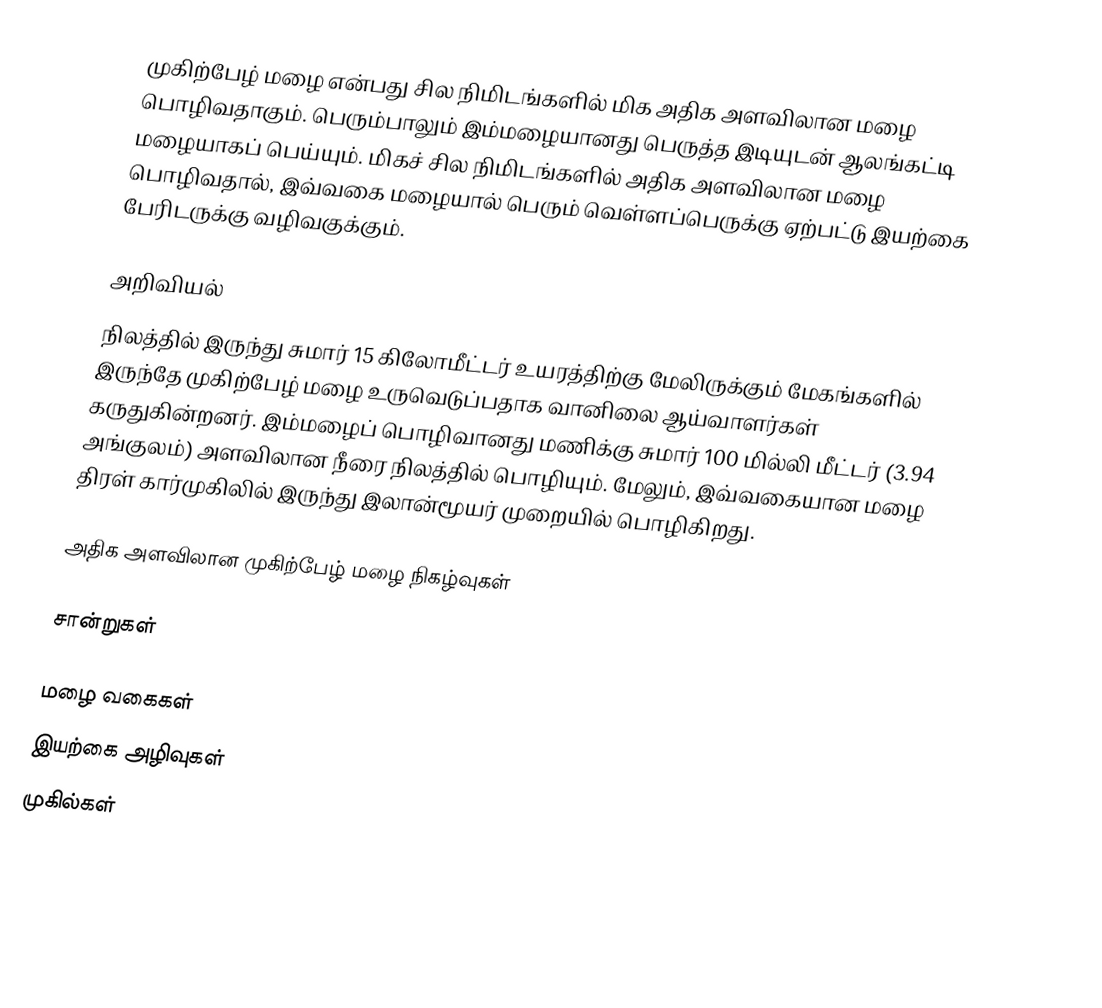
முகிற்பேழ் மழை என்பது சில நிமிடங்களில் மிக அதிக அளவிலான மழை பொழிவதாகும். பெரும்பாலும் இம்மழையானது பெருத்த இடியுடன் ஆலங்கட்டி மழையாகப் பெய்யும். மிகச் சில நிமிடங்களில் அதிக அளவிலான மழை பொழிவதால், இவ்வகை மழையால் பெரும் வெள்ளப்பெருக்கு ஏற்பட்டு இயற்கை பேரிடருக்கு வழிவகுக்கும்.

அறிவியல்
நிலத்தில் இருந்து சுமார் 15 கிலோமீட்டர் உயரத்திற்கு மேலிருக்கும் மேகங்களில் இருந்தே முகிற்பேழ் மழை உருவெடுப்பதாக வானிலை ஆய்வாளர்கள் கருதுகின்றனர். இம்மழைப் பொழிவானது மணிக்கு சுமார் 100 மில்லி மீட்டர் (3.94 அங்குலம்) அளவிலான நீரை நிலத்தில் பொழியும். மேலும், இவ்வகையான மழை திரள் கார்முகிலில் இருந்து இலான்மூயர் முறையில் பொழிகிறது.

அதிக அளவிலான முகிற்பேழ் மழை நிகழ்வுகள்

சான்றுகள்

மழை வகைகள்
இயற்கை அழிவுகள்
முகில்கள்